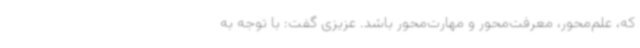
که، علم‌محور، معرفت‌محور و مهارت‌محور باشد. عزیزی گفت: با توجه به